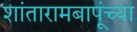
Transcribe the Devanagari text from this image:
शांतारामबापूंच्या